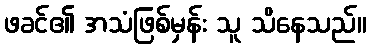
ဖခင်၏ အသံဖြစ်မှန်း သူ သိနေသည်။